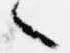
言